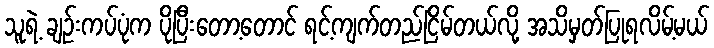
သူရဲ့ ချဉ်းကပ်ပုံက ပိုပြီးတော့တောင် ရင့်ကျက်တည်ငြိမ်တယ်လို့ အသိမှတ်ပြုရလိမ့်မယ်